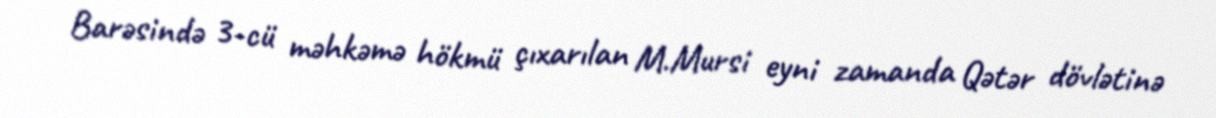
Barəsində 3-cü məhkəmə hökmü çıxarılan M.Mursi eyni zamanda Qətər dövlətinə